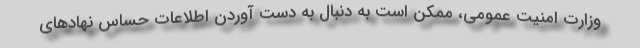
وزارت امنیت عمومی، ممکن است به دنبال به دست آوردن اطلاعات حساس نهادهای